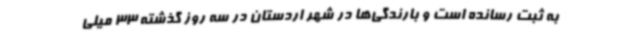
به ثبت رسانده است و بارندگی‌ها در شهر اردستان در سه روز گذشته 33 میلی